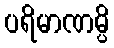
ပရိမာဏမ္ပိ